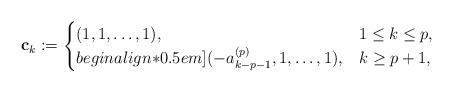
LaTeX: \begin{align*}\mathbf{c}_{k}:=\begin{cases}(1,1,\ldots,1), & 1\leq k\leq p,\\begin{align*}0.5em](-a_{k-p-1}^{(p)},1,\ldots,1), & k\geq p+1,\end{cases}\end{align*}